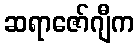
ဆရာဇော်ဂျီက